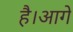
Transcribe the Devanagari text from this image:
है।आगे